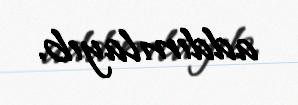
addımlayıb.